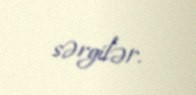
sərgilər.